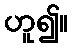
ဟူ၍။